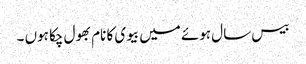
بیس سال ہوئے میں بیوی کا نام بھول چکا ہوں ۔